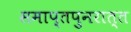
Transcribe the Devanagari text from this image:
समाप्तपुनरात्त